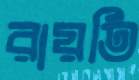
রায়তি